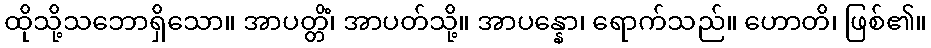
ထိုသို့သဘောရှိသော။ အာပတ္တိံ၊ အာပတ်သို့။ အာပန္နော၊ ရောက်သည်။ ဟောတိ၊ ဖြစ်၏။